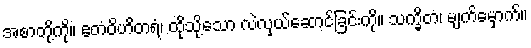
အစာတို့ကို။ ဧတံဝိဟိတရံ၊ ထိုသို့သော လဲလှယ်ဆောင်ခြင်းကို။ သက္ခိတံ၊ မျက်မှောက်။